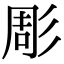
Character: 彫